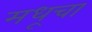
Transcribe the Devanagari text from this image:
मधूचा